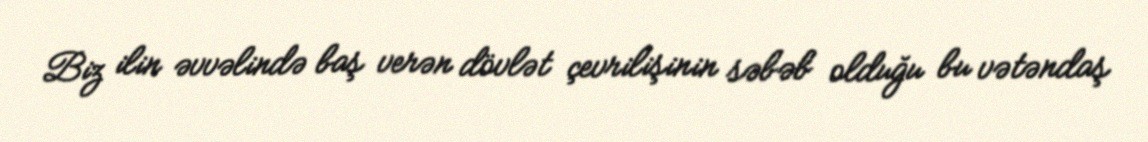
Biz ilin əvvəlində baş verən dövlət çevrilişinin səbəb olduğu bu vətəndaş